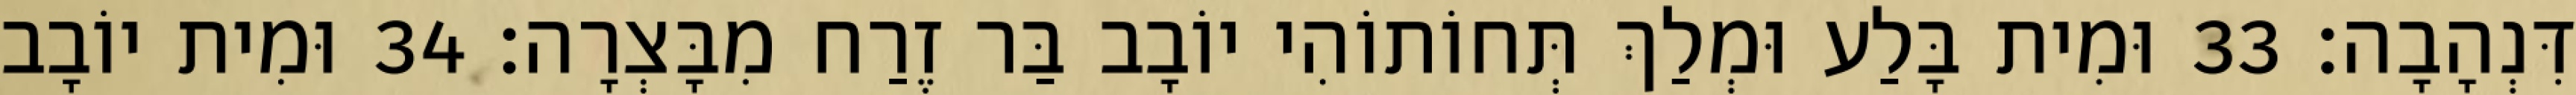
דִּנְהָבָה׃ 33 וּמִית בָּלַע וּמְלַךְ תְּחוֹתוֹהִי יוֹבָב בַּר זֶרַח מִבָּצְרָה׃ 34 וּמִית יוֹבָב